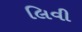
લિવી